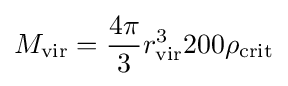
M_{\text{vir}}={\frac {4\pi }{3}}r_{\text{vir}}^{3}200\rho _{\text{crit}}